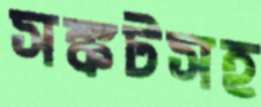
সঙ্কটসহ